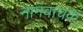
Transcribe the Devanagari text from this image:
नामवाचक